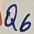
Text: Q6